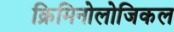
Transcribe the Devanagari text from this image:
क्रिमिनोलोजिकल